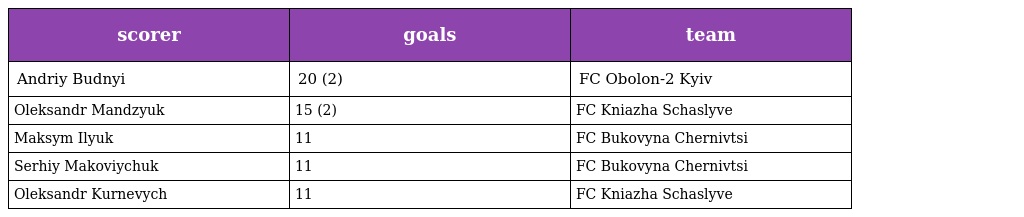
| scorer | goals | team |
 | --- | --- | --- |
 | Andriy Budnyi | 20 (2) | FC Obolon-2 Kyiv |
 | Oleksandr Mandzyuk | 15 (2) | FC Kniazha Schaslyve |
 | Maksym Ilyuk | 11 | FC Bukovyna Chernivtsi |
 | Serhiy Makoviychuk | 11 | FC Bukovyna Chernivtsi |
 | Oleksandr Kurnevych | 11 | FC Kniazha Schaslyve |